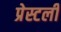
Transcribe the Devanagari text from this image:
प्रेस्टली